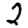
Digit: 2